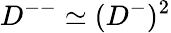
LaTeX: D^{--}\simeq(D^{-})^{2}